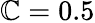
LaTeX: \mathbb{C}=0.5